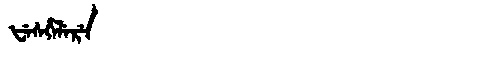
Manchu: ᡶᡝᠰᡥᡝᠯᡝᡵᡝ
Romanization: FESHELERE